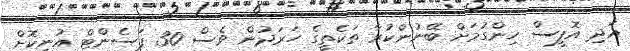
އަދި އޮފީސް ހިންގުމަށް ބޭނުންކުރާ ތަކެތީގެ ހަރަދުން ވެސް 30 ޕަސެންޓް އުނިކޮށް